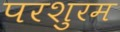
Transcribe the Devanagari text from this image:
परशुरम